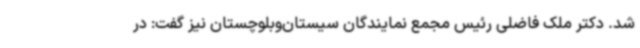
شد. دکتر ملک فاضلی رئیس مجمع نمایندگان سیستان‌وبلوچستان نیز گفت: در